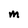
Character: M